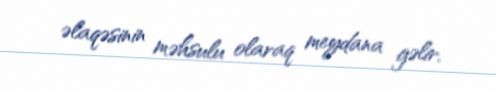
əlaqəsinin məhsulu olaraq meydana gəlir.